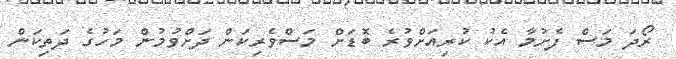
ރޯދަ މަސް ފެށުމާ އެކު ކުރިއަށްވުރެ ބޮޑަށް މަސްވެރިކަން ދަށްވުމުން މަހުގެ ދަތިކަން